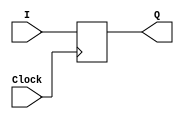
module dflipflop(I,Clock,Q);
	input I;
	input Clock;
	output reg Q;
	
	always @(posedge Clock) begin
	
		Q <= I;
		
	end
	
endmodule